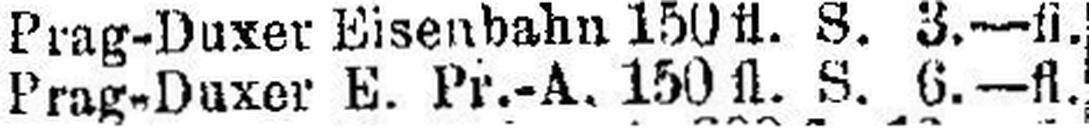
Prag-Duxer E.Pr.-A. 150 fl. S. 6.—fl.